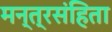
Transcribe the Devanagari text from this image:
मन्त्रसंहिता